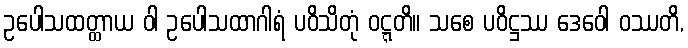
ဥပေါသထတ္ထာယ ဝါ ဥပေါသထာဂါရံ ပဝိသိတုံ ဝဋ္ဋတိ။ သစေ ပဝိဋ္ဌဿ ဒေဝေါ ဝဿတိ,